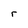
Character: r